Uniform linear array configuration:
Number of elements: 32
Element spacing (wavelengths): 0.5
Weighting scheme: exponential
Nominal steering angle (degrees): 60
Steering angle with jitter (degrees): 61.042
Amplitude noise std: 0.05
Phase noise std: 0.05

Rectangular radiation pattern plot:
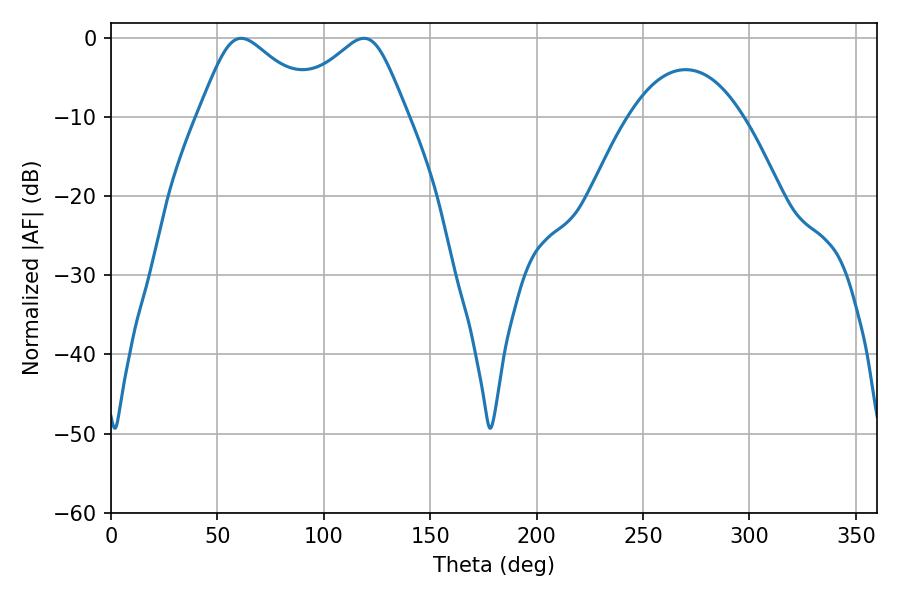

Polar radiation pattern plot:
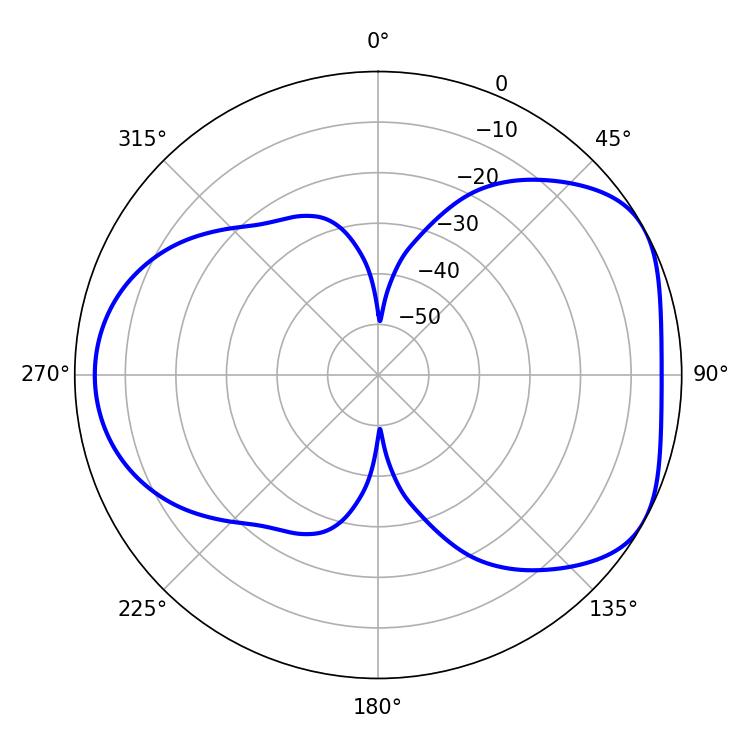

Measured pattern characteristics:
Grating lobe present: FALSE
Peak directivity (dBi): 4.866
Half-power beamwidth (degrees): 28.08
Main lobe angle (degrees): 61.2